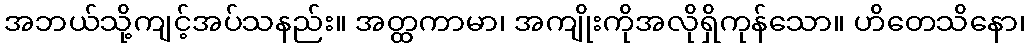
အဘယ်သို့ကျင့်အပ်သနည်း။ အတ္ထကာမာ၊ အကျိုးကိုအလိုရှိကုန်သော။ ဟိတေသိနော၊